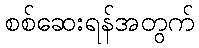
စစ်ဆေးရန်အတွက်